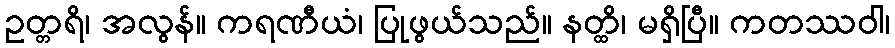
ဥတ္တရိ၊ အလွန်။ ကရဏီယံ၊ ပြုဖွယ်သည်။ နတ္ထိ၊ မရှိပြီ။ ကတဿဝါ၊